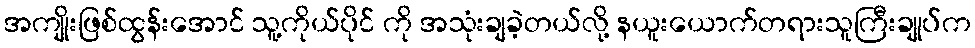
အကျိုးဖြစ်ထွန်းအောင် သူ့ကိုယ်ပိုင် ကို အသုံးချခဲ့တယ်လို့ နယူးယောက်တရားသူကြီးချုပ်က